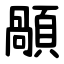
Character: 䫚